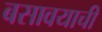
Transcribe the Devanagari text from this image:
बसावयाची